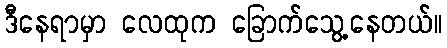
ဒီနေရာမှာ လေထုက ခြောက်သွေ့နေတယ်။